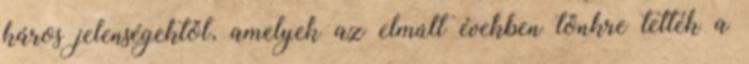
káros jelenségektől, amelyek az elmúlt években tönkre tették a